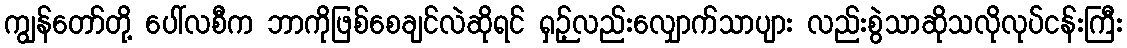
ကျွန်တော်တို့ ပေါ်လစီက ဘာကိုဖြစ်စေချင်လဲဆိုရင် ရှဉ့်လည်းလျှောက်သာပျား လည်းစွဲသာဆိုသလိုလုပ်ငန်းကြီး